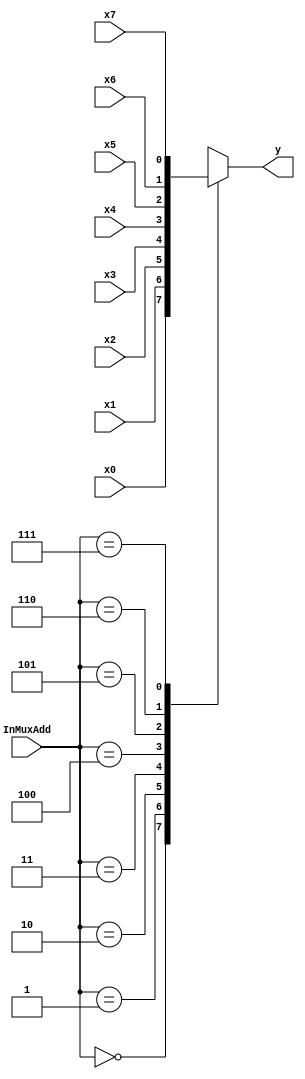
module threebyeight_mux #(parameter SIZE = 1)(

       input [SIZE-1:0] x0,x1,x2,x3,x4,x5,x6,x7,
       input [2:0] InMuxAdd,          
       output reg [SIZE-1:0]y       

    );
         always @(*)
        begin
            case (InMuxAdd)
                    3'b000: y = x0;
                    3'b001: y = x1;
                    3'b010: y = x2;
                    3'b011: y = x3;
                    3'b100: y = x4;
                    3'b101: y = x5;
                    3'b110: y = x6;
                    3'b111: y = x7;
            endcase
        end
    
endmodule